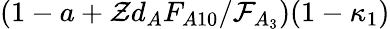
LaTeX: (1-a+\mathcal{Z}d_{A}F_{A10}/\mathcal{F}_{A_{3}})(1-\kappa_{1})